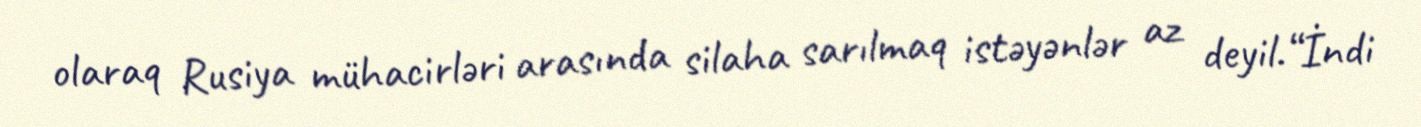
olaraq Rusiya mühacirləri arasında silaha sarılmaq istəyənlər az deyil.“İndi